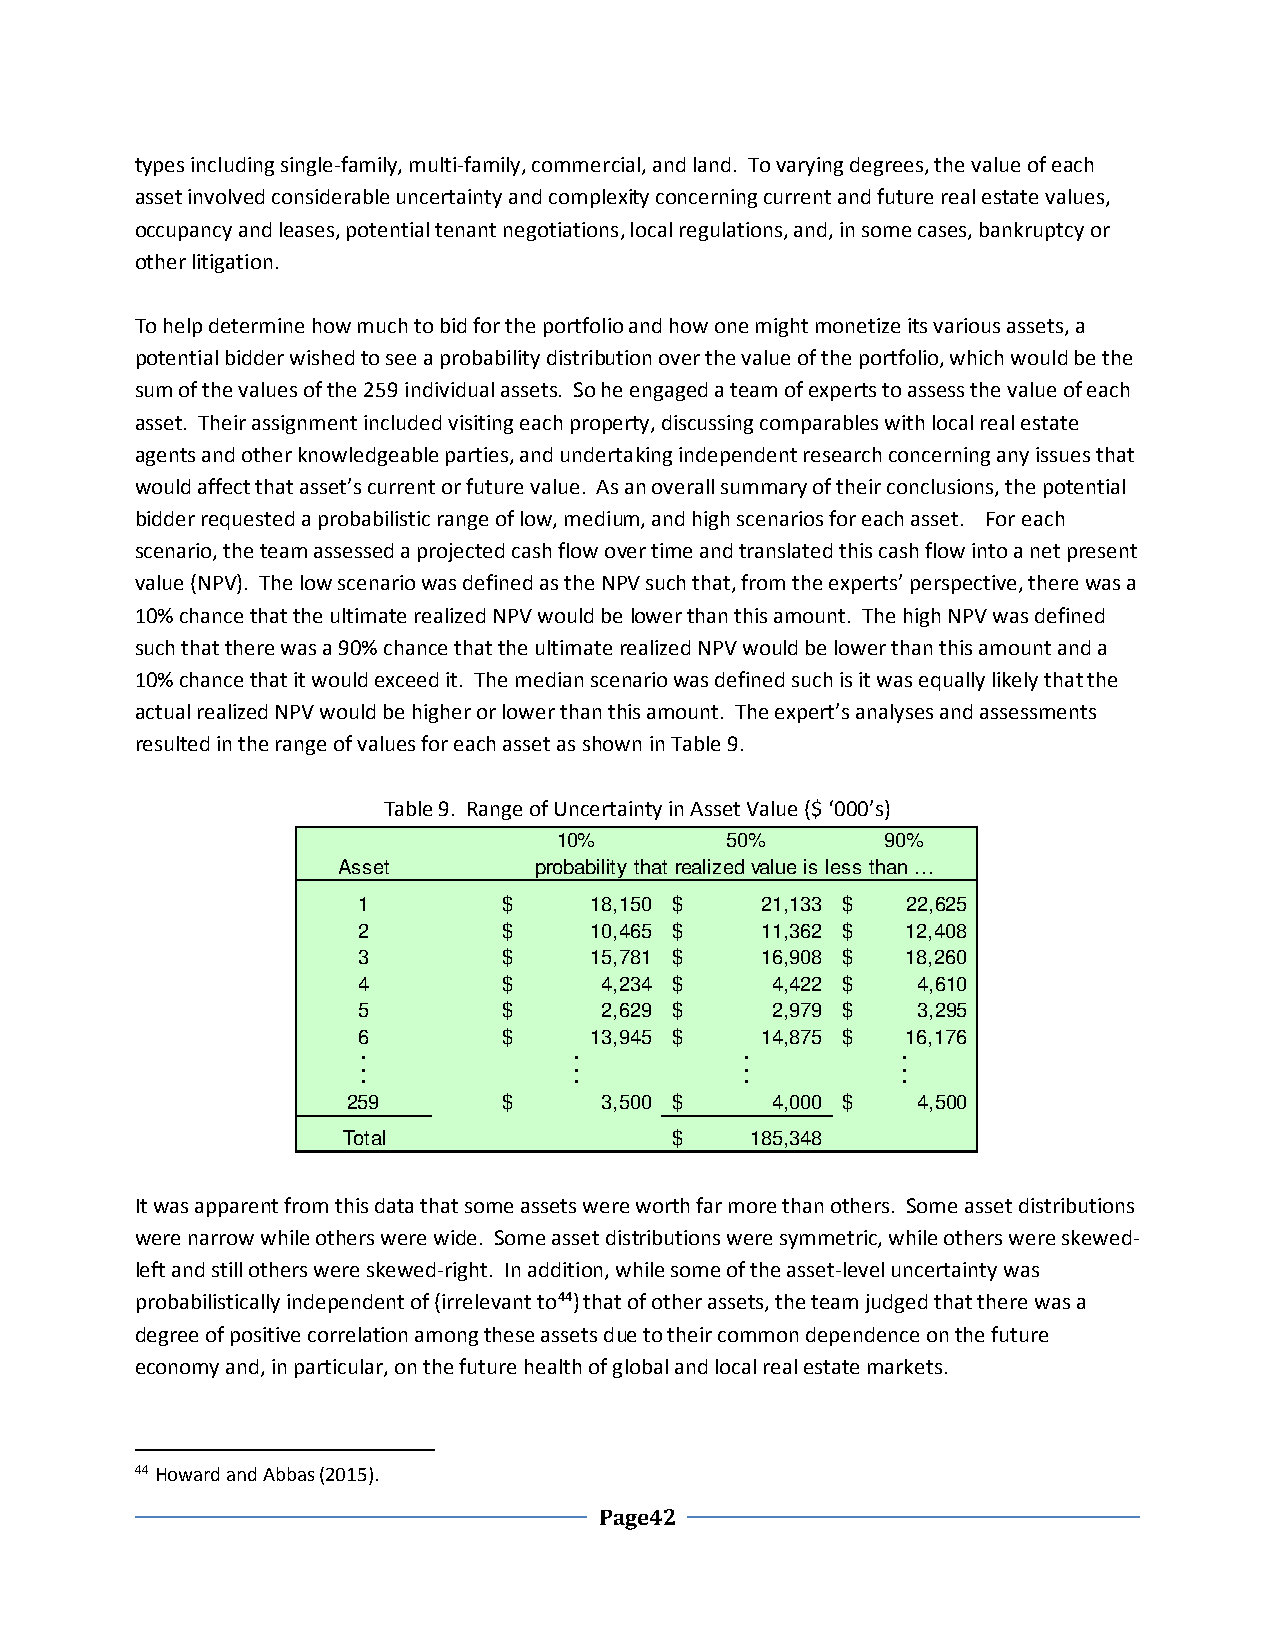
types including single-family, multi-family, commercial, and land. To varying degrees, the value of each
 asset involved considerable uncertainty and complexity concerning current and future real estate values,
 occupancy and leases, potential tenant negotiations, local regulations, and, in some cases, bankruptcy or
 other litigation.
 To help determine how much to bid for the portfolio and how one might monetize its various assets, a
 potential bidder wished to see a probability distribution over the value of the portfolio, which would be the
 sum of the values of the 259 individual assets. So he engaged a team of experts to assess the value of each
 asset. Their assignment included visiting each property, discussing comparables with local real estate
 agents and other knowledgeable parties, and undertaking independent research concerning any issues that
 would affect that asset’s current or future value. As an overall summary of their conclusions, the potential
 bidder requested a probabilistic range of low, medium, and high scenarios for each asset. For each
 scenario, the team assessed a projected cash flow over time and translated this cash flow into a net present
 value (NPV). The low scenario was defined as the NPV such that, from the experts’ perspective, there was a
 10% chance that the ultimate realized NPV would be lower than this amount. The high NPV was defined
 such that there was a 90% chance that the ultimate realized NPV would be lower than this amount and a
 10% chance that it would exceed it. The median scenario was defined such is it was equally likely that the
 actual realized NPV would be higher or lower than this amount. The expert’s analyses and assessments
 resulted in the range of values for each asset as shown in Table 9.
 Table 9. Range of Uncertainty in Asset Value ($ ‘000’s)
 10%        50%        90%
 Asset        probability that realized value is less than …
 1        $     18,150 $   21,133 $  22,625
 2        $     10,465 $   11,362 $  12,408
 3        $     15,781 $   16,908 $  18,260
 4        $      4,234 $    4,422 $   4,610
 5        $      2,629 $    2,979 $   3,295
 6        $     13,945 $   14,875 $  16,176
 .             .          .          .
 .             .          .          .
 .             .          .          .
 259       $      3,500 $    4,000 $   4,500
 Total                $     185,348
 It was apparent from this data that some assets were worth far more than others. Some asset distributions
 were narrow while others were wide. Some asset distributions were symmetric, while others were skewed-
 left and still others were skewed-right. In addition, while some of the asset-level uncertainty was
 probabilistically independent of (irrelevant to44) that of other assets, the team judged that there was a
 degree of positive correlation among these assets due to their common dependence on the future
 economy and, in particular, on the future health of global and local real estate markets.
 44 Howard and Abbas (2015).
 Page42